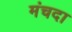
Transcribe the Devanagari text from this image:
मंचदा